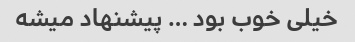
خیلی خوب بود … پیشنهاد میشه